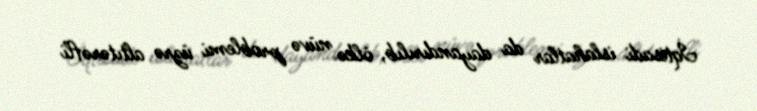
İqtisadi islahatlar da dayandırılıb, ölkə nüvə problemi üzrə altıtərəfli